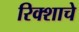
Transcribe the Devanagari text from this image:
रिक्शाचे